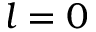
l = 0